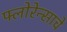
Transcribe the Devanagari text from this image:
फ्लोरेन्साचे